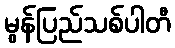
မွန်ပြည်သစ်ပါတီ